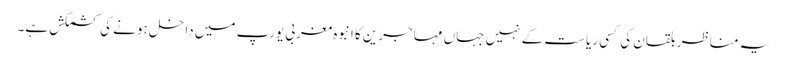
یہ مناظر بلقان کی کسی ریاست کے نہیں جہاں مہاجرین کا انبوہ مغربی یورپ میں داخل ہونے کی کشمکش ہے۔